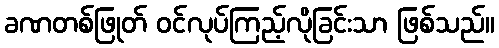
ခဏတစ်ဖြုတ် ဝင်လုပ်ကြည့်လိုခြင်းသာ ဖြစ်သည်။